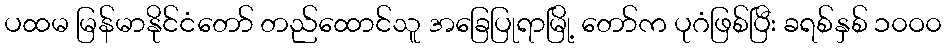
ပထမ မြန်မာနိုင်ငံတော် တည်ထောင်သူ အခြေပြုရာမြို့ တော်က ပုဂံဖြစ်ပြီး ခရစ်နှစ် ၁၀ဝ၀